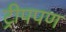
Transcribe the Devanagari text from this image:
ट्रीपपण